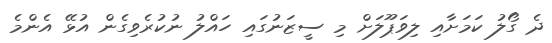
ދެ ގޯލު ކަމަށާއި ލިވަޕޫލަށް މި ސީޒަނުގައި ހައްލު ނުކުރެވިގެން އުޅޭ އެންމެ